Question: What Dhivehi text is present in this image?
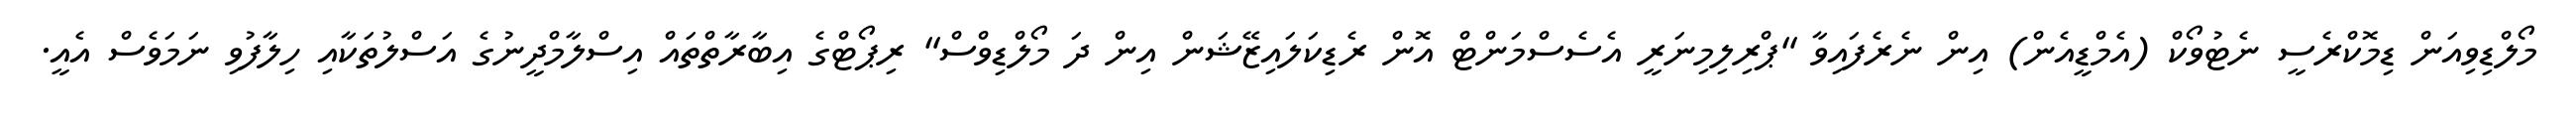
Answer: މޯލްޑިވިއަން ޑިމޮކްރެސީ ނެޓުވޯކް (އެމްޑީއެން) އިން ނެރެފައިވާ "ޕްރިލިމިނަރީ އެސެސްމަންޓް އޮން ރެޑިކަލައިޒޭޝަން އިން ދަ މޯލްޑިވްސް" ރިޕޯޓްގެ އިބާރާތްތައް އިސްލާމްދީނުގެ އަސްލުތަކާއި ހިލާފުވި ނަމަވެސް އެއީ.